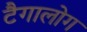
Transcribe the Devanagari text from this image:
टैगालोग